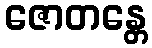
ဇောတန္တေ